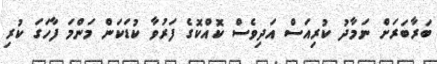
ބަރާބަރަށް ނަމާދު ކުރިއަސް އަދިވެސް ކޮއްކޮގެ ފަރުވާ ކުޑަކަން މަންމަ ފާހަގަ ކުރި